Vaccination report Assam 1874-1896 - 1874-1896
Year: 1874
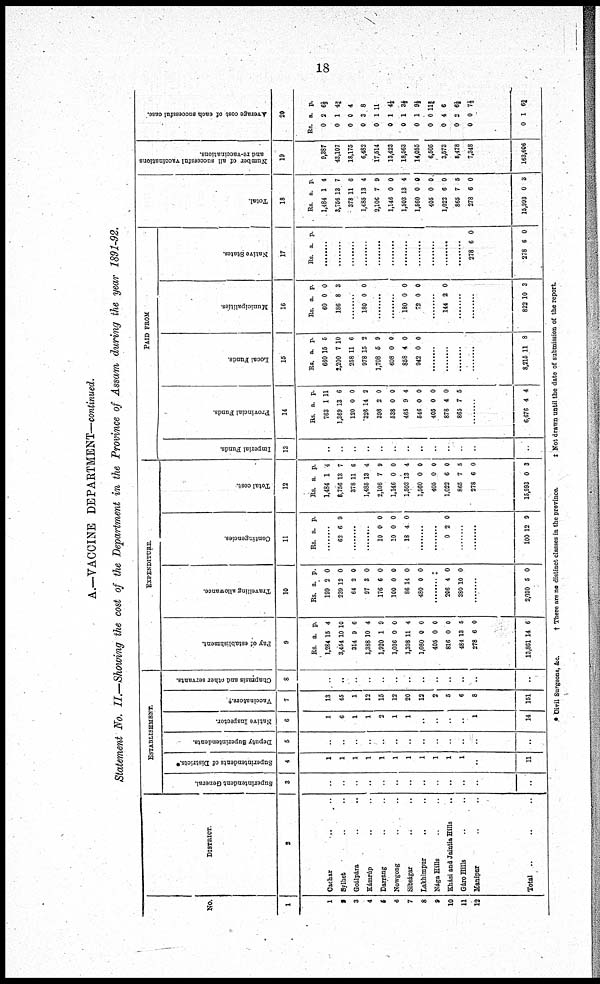
18
A.—VACCINE DEPARTMENT—continued.
Statement No. II.—Showing the cost of the Department in the Province of Assam during the year 1891-92.
No.
1
1
2
3
4
5
6
7
8
9
10
11
12
DISTRICT.
2
Cachar ... ..
Sylhet .. ..
Goálpára .. ..
Kámrúp .. ..
Darrang .. ..
Nowgong .. ..
Sibságar .. ..
Lakhimpur .. ..
Nága Hills .. ..
Khási and Jaintia Hills ..
Gáro Hills .. ..
Manipur .. ..
Total
.. .. ..
ESTABLISHMENT.
Superintendent General.
3
..
..
..
..
..
..
..
..
..
..
..
..
..
Superintendents of Districts.*
4
1
1
1
1
1
1
1
1
1
1
1
..
11
Deputy Superintendents.
5
..
..
..
..
..
..
..
..
..
..
..
..
..
Native Inspector.
6
1
6
1
1
2
1
1
..
..
..
..
1
14
Vaccinators.†
7
13
45
1
12
15
12
20
12
2
5
6
8
151
Chaprasis and other servants.
8
..
..
..
..
..
..
..
..
..
..
..
..
..
EXPENDITURE.
Pay of establishment.
9
Rs.
1,284
3,454
314
1,388
1,920
1,036
1,398
1,080
405
816
484
278
13,861
a.
15
10
9
10
1
0
11
0
0
0
13
6
14
p
4
10
6
4
9
0
4
0
0
0
5
0
6
Travelling allowance.
10
Rs.
199
239
64
97
176
100
86
480
a.
2
12
2
3
6
0
14
0
p.
0
0
0
0
0
0
0
0
........‡
206
380
4
10
0
0
........
2,030 5 0
Contingencies.
11
Rs. a. p.
........
62 6 9
........
........
10
10
18
0
0
4
0
0
0
........
........
0 2 0
........
........
100 12 9
Total cost.
12
Rs.
1,484
6,756
378
1,485
2,106
1,146
1,503
1,560
405
1,022
865
278
15,993
a.
1
13
11
13
7
0
13
0
0
6
7
6
0
p.
4
7
6
4
9
0
4
0
0
0
5
0
3
PAID FROM
Imperial Funds.
13
..
..
..
..
..
..
..
..
..
..
..
..
..
Provincial Funds.
14
Rs.
763
1,369
120
325
398
538
465
546
405
878
865
a.
1
13
0
14
2
0
9
0
0
4
7
p.
11
6
0
2
0
0
4
0
0
0
5
........
6,676 4 4
Local Funds.
15
Rs.
660
2,200
258
978
1,708
608
858
942
a.
15
7
11
15
6
0
4
0
p.
6
10
6
2
9
0
0
0
........
........
........
........
8,215 11 8
Municipalities.
16
Rs.
60
186
a.
0
8
p.
0
3
........
180 0 0
........
........
180
72
0
0
0
0
........
144 2 0
........
........
822 10 3
Native States.
17
Rs. a. p.
........
........
........
........
........
........
........
........
........
........
........
278
278
6
6
0
0
Total.
18
Rs.
1,484
3,756
378
1,485
2,106
1,146
1,503
1,560
405
1,022
865
278
15,993
a.
1
13
11
13
7
0
13
0
0
6
7
6
0
p.
4
7
6
4
9
0
4
0
0
0
5
0
8
Number of all successful vaccinations
and re-vaccinations.
19
9,387
43,107
18,175
6,482
17,514
13,423
18,563
14,055
6,505
3,573
5,478
7,348
163,606
Average cost of each successful case.
20
Rs.
0
0
0
0
0
0
0
0
0
0
0
0
0
a.
2
1
0
8
1
1
1
1
0
4
3
0
1
p.
6 1/3
4¾
4
8
11
4½
3½
9½
11¾
6
6½
7½
6¾
* Civil Surgeons, &c.
† There are no distinct classes in the province.
‡ Not drawn until the date of submission of the report.